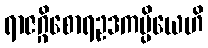
ရာဇဂ္ဂိစောရဥဒကပ္ပိယေဟိ